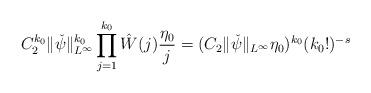
LaTeX: \begin{align*} C_2^{k_0}\|\check{\psi}\|_{L^\infty}^{k_0} \prod_{j=1}^{k_0} \hat{W}(j) \frac{\eta_0}{j} = (C_2 \|\check{\psi}\|_{L^\infty} \eta_0)^{k_0} (k_0!)^{-s} \end{align*}